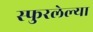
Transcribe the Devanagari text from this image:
स्फुरलेल्या